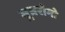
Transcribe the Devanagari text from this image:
मूत्ररोगो